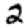
Digit: 2